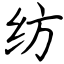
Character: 纺